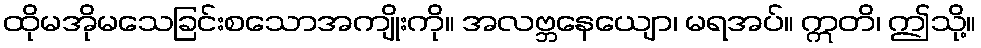
ထိုမအိုမသေခြင်းစသောအကျိုးကို။ အလဗ္ဘနေယျော၊ မရအပ်။ ဣတိ၊ ဤသို့။